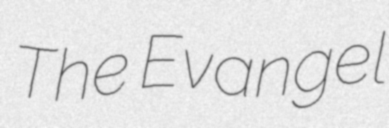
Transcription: The Evangel